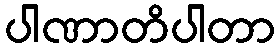
ပါဏာတိပါတာ